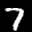
Label: 7